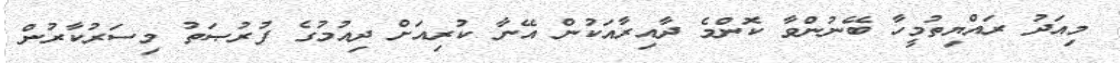
މިއަދު ރައްޔިތުމީހާ ބޭނުންވާ ކޮންމެ ދާއިރާއަކުން އޭނާ ކުރިއަށް ދިއުމުގެ ފުރުޞަތު މިސަރުކާރުން